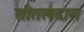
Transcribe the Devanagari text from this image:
सीतलदास